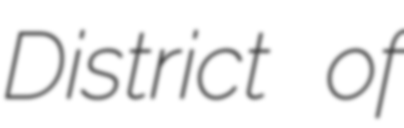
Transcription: District of